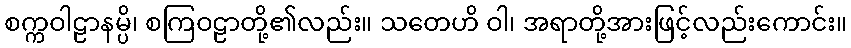
စက္ကဝါဠာနမ္ပိ၊ စကြဝဠာတို့၏လည်း။ သတေဟိ ဝါ၊ အရာတို့အားဖြင့်လည်းကောင်း။